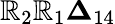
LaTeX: \mathbb{R}_{2}\mathbb{R}_{1}\boldsymbol{\Delta}_{14}